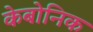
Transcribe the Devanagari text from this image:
केबोनिक